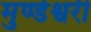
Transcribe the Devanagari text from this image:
मुण्डेश्वरी